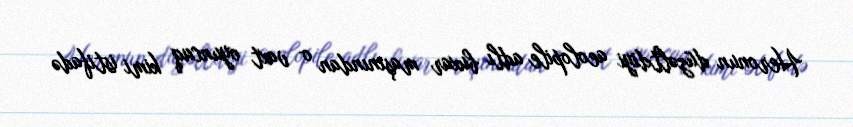
Heronun düzəltdiyi aeolopile adlı buxar maşınından o vaxt oyuncaq kimi istifadə